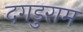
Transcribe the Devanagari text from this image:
दगडुराम